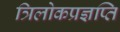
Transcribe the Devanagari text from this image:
त्रिलोकप्रज्ञप्ति